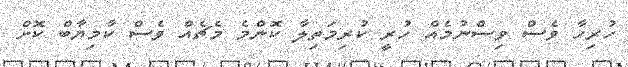
ހުރިހާ ވެސް ވިސްނުމެއް ހުރީ ކުރިމަތިލާ ކޮންމެ މެޗެއް ވެސް ކާމިޔާބް ކޮށް